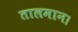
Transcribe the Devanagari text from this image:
तालमान।